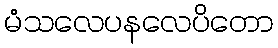
မံသလေပနလေပိတော